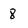
Character: 8